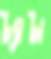
ট্যাটা